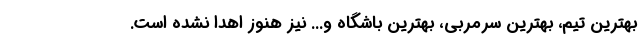
بهترین تیم، بهترین سرمربی، بهترین باشگاه و... نیز هنوز اهدا نشده است.